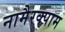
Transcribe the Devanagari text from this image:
नामैरक्पाम